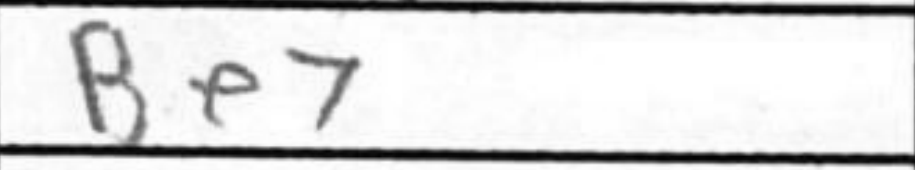
Transcription: Be7